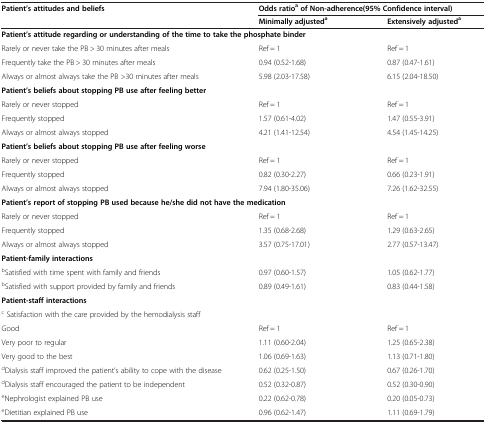
<table><thead><tr><td rowspan="2"><b>Patient’s attitudes and beliefs</b></td><td colspan="2"><b>Odds ratio<sup>a</sup>of Non-adherence(95%Confidence interval)</b></td></tr><tr><td><b>Minimally adjusted<sup>a</sup></b></td><td><b>Extensively adjusted<sup>a</sup></b></td></tr></thead><tbody><tr><td colspan="3"><b>Patient’s attitude regarding or understanding of the time to take the phosphate binder</b></td></tr><tr><td>Rarely or never take the PB &gt; 30 minutes after meals</td><td>Ref = 1</td><td>Ref = 1</td></tr><tr><td>Frequently take the PB &gt; 30 minutes after meals</td><td>0.94 (0.52-1.68)</td><td>0.87 (0.47-1.61)</td></tr><tr><td>Always or almost always take the PB &gt;30 minutes after meals</td><td>5.98 (2.03-17.58)</td><td>6.15 (2.04-18.50)</td></tr><tr><td colspan="3"><b>Patient’s beliefs about stopping PB use after feeling better</b></td></tr><tr><td>Rarely or never stopped</td><td>Ref = 1</td><td>Ref = 1</td></tr><tr><td>Frequently stopped</td><td>1.57 (0.61-4.02)</td><td>1.47 (0.55-3.91)</td></tr><tr><td>Always or almost always stopped</td><td>4.21 (1.41-12.54)</td><td>4.54 (1.45-14.25)</td></tr><tr><td colspan="3"><b>Patient’s beliefs about stopping PB use after feeling worse</b></td></tr><tr><td>Rarely or never stopped</td><td>Ref = 1</td><td>Ref = 1</td></tr><tr><td>Frequently stopped</td><td>0.82 (0.30-2.27)</td><td>0.66 (0.23-1.91)</td></tr><tr><td>Always or almost always stopped</td><td>7.94 (1.80-35.06)</td><td>7.26 (1.62-32.55)</td></tr><tr><td colspan="3"><b>Patient’s report of stopping PB used because he/she did not have the medication</b></td></tr><tr><td>Rarely or never stopped</td><td>Ref = 1</td><td>Ref = 1</td></tr><tr><td>Frequently stopped</td><td>1.35 (0.68-2.68)</td><td>1.29 (0.63-2.65)</td></tr><tr><td>Always or almost always stopped</td><td>3.57 (0.75-17.01)</td><td>2.77 (0.57-13.47)</td></tr><tr><td colspan="3"><b>Patient-family interactions</b></td></tr><tr><td><sup>b</sup>Satisfied with time spent with family and friends</td><td>0.97 (0.60-1.57)</td><td>1.05 (0.62-1.77)</td></tr><tr><td><sup>b</sup>Satisfied with support provided by family and friends</td><td>0.89 (0.49-1.61)</td><td>0.83 (0.44-1.58)</td></tr><tr><td colspan="3"><b>Patient-staff interactions</b></td></tr><tr><td><sup>c</sup> Satisfaction with the care provided by the hemodialysis staff</td><td> </td><td> </td></tr><tr><td>Good</td><td>Ref = 1</td><td>Ref = 1</td></tr><tr><td>Very poor to regular</td><td>1.11 (0.60-2.04)</td><td>1.25 (0.65-2.38)</td></tr><tr><td>Very good to the best</td><td>1.06 (0.69-1.63)</td><td>1.13 (0.71-1.80)</td></tr><tr><td><sup>d</sup>Dialysis staff improved the patient’s ability to cope with the disease</td><td>0.62 (0.25-1.50)</td><td>0.67 (0.26-1.70)</td></tr><tr><td><sup>d</sup>Dialysis staff encouraged the patient to be independent</td><td>0.52 (0.32-0.87)</td><td>0.52 (0.30-0.90)</td></tr><tr><td><sup>e</sup>Nephrologist explained PB use</td><td>0.22 (0.62-0.78)</td><td>0.20 (0.05-0.73)</td></tr><tr><td><sup>e</sup>Dietitian explained PB use</td><td>0.96 (0.62-1.47)</td><td>1.11 (0.69-1.79)</td></tr></tbody></table>